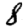
Digit: 8